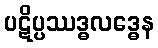
ပဋိပ္ပဿဒ္ဓလဒ္ဓေန